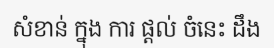
សំខាន់ ក្នុង ការ ផ្តល់ ចំនេះ ដឹង